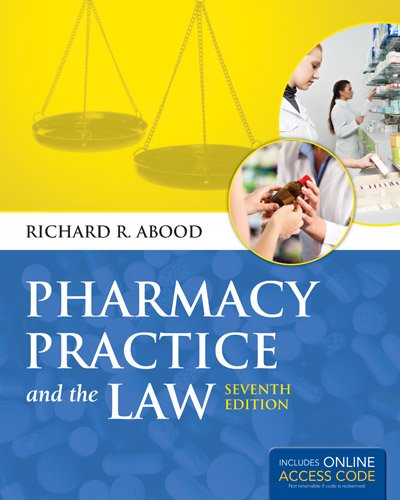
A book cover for Pharmacy Practice And The Law; Richard R. Abood; Law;